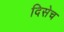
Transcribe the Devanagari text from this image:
दिसेच